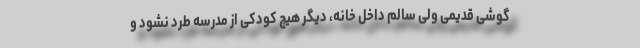
گوشی قدیمی ولی سالم داخل خانه، دیگر هیچ کودکی از مدرسه طرد نشود و